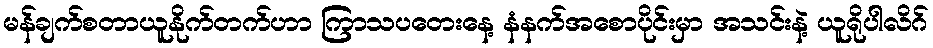
မန်ချက်စတာယူနိုက်တက်ဟာ ကြာသပတေးနေ့ နံနက်အစောပိုင်းမှာ အသင်းနဲ့ ယူရိုပါလိဂ်